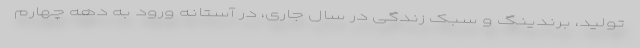
تولید، برندینگ و سبک زندگی در سال جاری، در آستانه ورود به دهه چهارم